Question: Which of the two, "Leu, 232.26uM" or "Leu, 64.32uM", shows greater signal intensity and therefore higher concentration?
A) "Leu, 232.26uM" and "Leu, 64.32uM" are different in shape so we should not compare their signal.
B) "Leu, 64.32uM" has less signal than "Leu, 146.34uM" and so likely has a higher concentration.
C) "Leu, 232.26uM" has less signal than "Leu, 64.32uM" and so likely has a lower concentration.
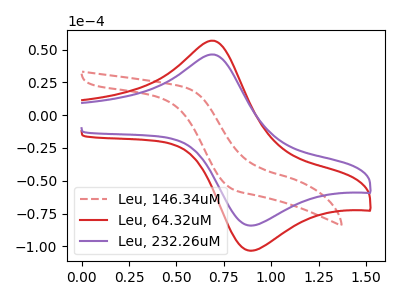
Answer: <think>The red dashed curve "Leu, 146.34uM" has no peaks. The red curve "Leu, 64.32uM" has an anodic peak at (0.70V, 56.70uA) and a cathodic peak at (0.90V, -103.40uA). The purple curve "Leu, 232.26uM" has an anodic peak at (0.70V, 46.20uA) and a cathodic peak at (0.90V, -84.25uA).
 All the peaks in "Leu, 232.26uM" have a peak in "Leu, 64.32uM" at the same potential. Every peak in "Leu, 232.26uM" is lower than every peak in "Leu, 64.32uM".</think>
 <answer>C) "Leu, 232.26uM" has less signal than "Leu, 64.32uM" and so likely has a lower concentration.</answer>
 <eval>C</eval>